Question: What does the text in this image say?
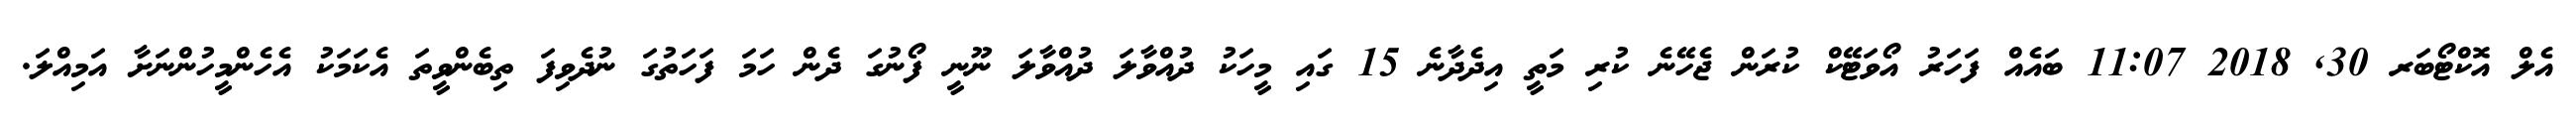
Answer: އެލް އޮކްޓޯބަރ 30, 2018 11:07 ބައެއް ފަހަރު އޯވަޓޭކް ކުރަން ޖެހޭނެ ކުރި މަތީ އިދެދާނެ 15 ގައި މީހަކު ދުއްވާލަ ދުއްވާލަ ނޫނީ ފޯނުގަ ދެން ހަމަ ފަހަތުގަ ނުދެވިފަ ތިބެންވީތަ އެކަމަކު އެހެންމީހުންނަށާ އަމިއްލަ.